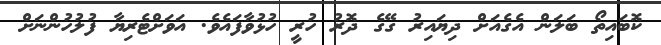
ކޮބައިތޯ ބަލަން އެގެއަށް ދިޔައިރު ގޭގެ ދޮރު ހުރީ ހުޅުވާފައެވެ. އަވަށްޓެރިޔާ ފުލުހުންނަށް